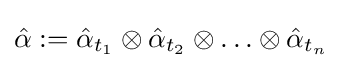
{\hat {\alpha }}:={\hat {\alpha }}_{t_{1}}\otimes {\hat {\alpha }}_{t_{2}}\otimes \ldots \otimes {\hat {\alpha }}_{t_{n}}